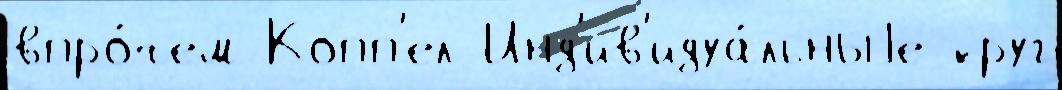
впро́чем Копп'ел Инд'ив'идуа́льныjе круг